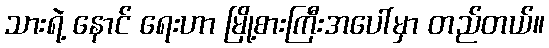
သားရဲ့ နောင် ရေးဟာ မြို့စားကြီးအပေါ်မှာ တည်တယ်။